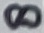
Text: 8